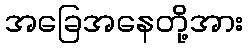
အခြေအနေတို့အား